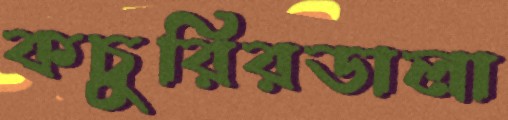
কচুরিরডালা